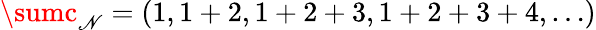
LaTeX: \textstyle\sumc_{\mathscr{N}}=(1,1+2,1+2+3,1+2+3+4,\dots)